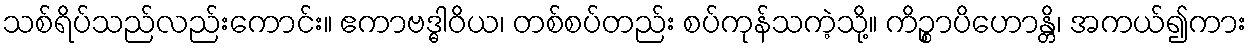
သစ်ရိပ်သည်လည်းကောင်း။ ဧကာဗဒ္ဓါဝိယ၊ တစ်စပ်တည်း စပ်ကုန်သကဲ့သို့။ ကိဉ္စာပိဟောန္တိ၊ အကယ်၍ကား